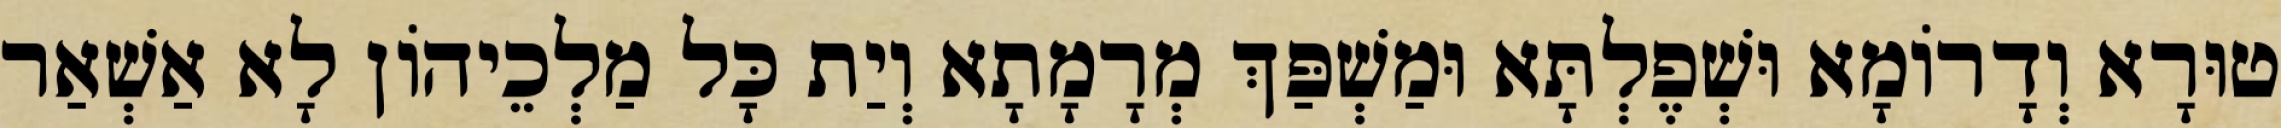
טוּרָא וְדָרוֹמָא וּשְׁפֶלְתָּא וּמַשְׁפַּךְ מְרָמָתָא וְיַת כָּל מַלְכֵיהוֹן לָא אַשְׁאַר